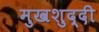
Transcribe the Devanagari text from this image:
मुखशुद्दी